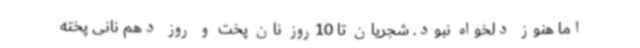
اما هنوز دلخواه نبود. شجریان تا 10روز نان پخت و روز دهم نانی پخته